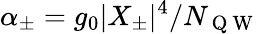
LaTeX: \alpha_{\pm}=g_{0}|X_{\pm}|^{4}/N_{\mathrm{~Q~W~}}